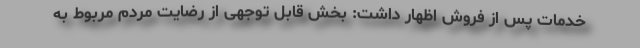
خدمات پس از فروش اظهار داشت: بخش قابل توجهی از رضایت مردم مربوط به